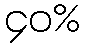
၄၀%